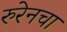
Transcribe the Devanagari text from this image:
रुरेनचा